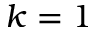
k = 1